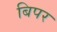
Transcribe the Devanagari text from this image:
बिपर